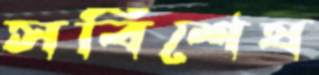
সবিশেষ